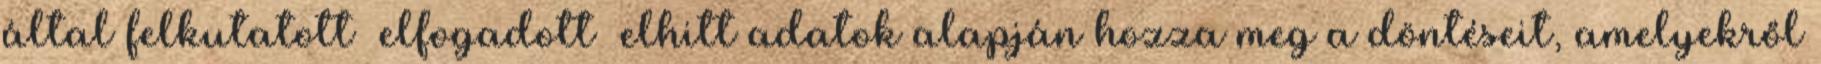
által felkutatott elfogadott elhitt adatok alapján hozza meg a döntéseit, amelyekről